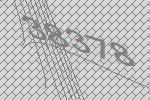
38378